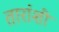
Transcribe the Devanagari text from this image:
तारांशी